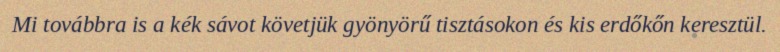
Mi továbbra is a kék sávot követjük gyönyörű tisztásokon és kis erdőkőn keresztül.